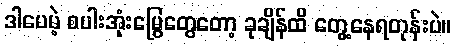
ဒါပေမဲ့ စပါးအုံးမြွေတွေတော့ ခုချိန်ထိ တွေ့နေရတုန်းပဲ။